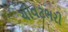
ચીવટભરી